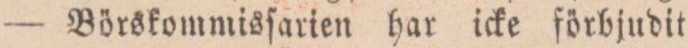
Börskommisſarien har icke förbjudit